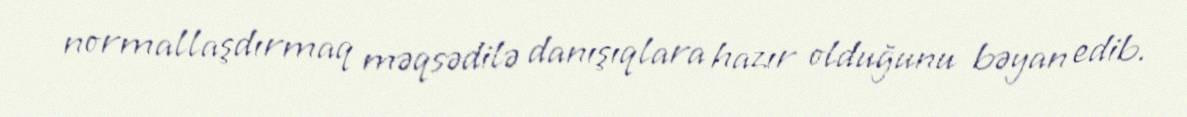
normallaşdırmaq məqsədilə danışıqlara hazır olduğunu bəyan edib.